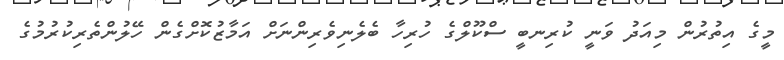
މީގެ އިތުރުން މިއަދު ވަނީ ކުރިނބީ ސްކޫލްގެ ހުރިހާ ބެލެނިވެރިންނަށް އަމާޒުކޮށްގެން ހޭލުންތެރިކުރުމުގެ